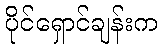
ပိုင်ရှောင်ချန်းက